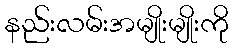
နည်းလမ်းအမျိုးမျိုးကို